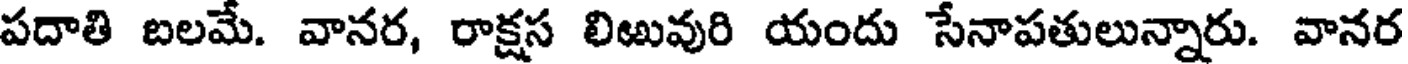
పదాతి బలమే. వానర, రాక్షస లిఱువురి యందు సేనాపతులున్నారు. వానర